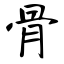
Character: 骨